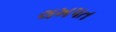
લખપત